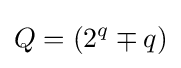
Q=(2^{q}\mp q)